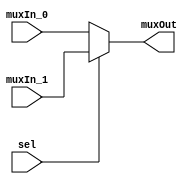
/******************************************************************************
 **                                                                          **
 ** Component : Multiplexer_2                                                **
 **                                                                          **
 ** Refactored 03.12.2023 Ronny Hansen                                       **
 *****************************************************************************/
/* */

module Multiplexer_2( input muxIn_0,
                      input muxIn_1,                      
                      input sel,
                      output wire muxOut
                      );   

      // Logic for 2-to-1 Multiplexer
    assign muxOut = sel ? muxIn_1 : muxIn_0;

endmodule